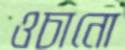
ওচানো